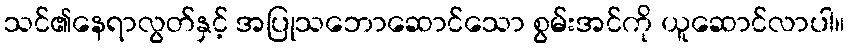
သင်၏နေရာလွတ်နှင့် အပြုသဘောဆောင်သော စွမ်းအင်ကို ယူဆောင်လာပါ။